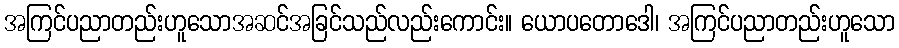
အကြင်ပညာတည်းဟူသောအဆင်အခြင်သည်လည်းကောင်း။ ယောပတောဒေါ၊ အကြင်ပညာတည်းဟူသော